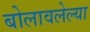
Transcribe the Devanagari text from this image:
बोलावलेल्या